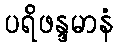
ပရိဖန္ဒမာနံ